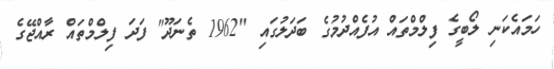
ހަމައެކަނި ލޯބީގެ ފިލްމްތައް އުފެއްދުމުގެ ބަދަލުގައި "1962 ތެނަދޫ" ފަދަ ފިލްމްތައް ރާއްޖޭގެ